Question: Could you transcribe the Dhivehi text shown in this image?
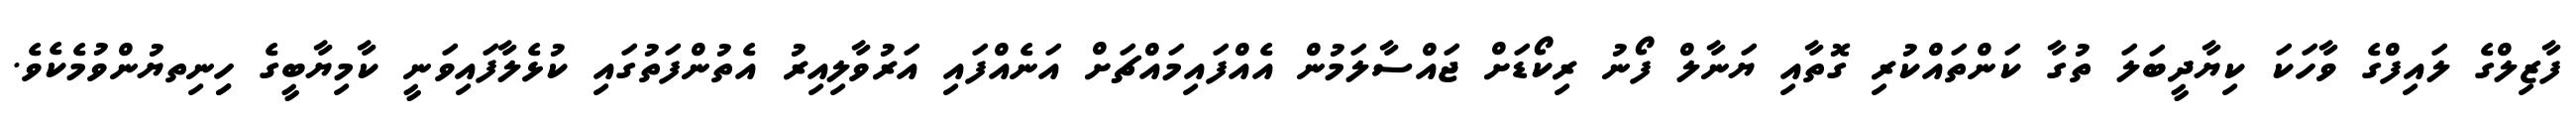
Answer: ފާޒިލްގެ ލައިފްގެ ވާހަކަ ކިޔާދީބަލަ ތުގާ ކަންތައްކުރި ގޮތާއި ޔަނާލް ފޯނު ރިކޯޑަށް ޖައްސާލަމުން އެއްފައިމައްޗަށް އަނެއްފައި އަރުވާލިއިރު އެތުންފަތުގައި ކުޅެލާފައިވަނީ ކާމިޔާބީގެ ހިިނިތޔުންވުމެކެވެ.